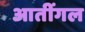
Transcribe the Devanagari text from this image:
आतींगल